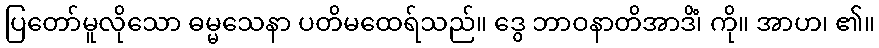
ပြတော်မူလိုသော ဓမ္မသေနာ ပတိမထေရ်သည်။ ဒွေ ဘာဝနာတိအာဒိံ၊ ကို။ အာဟ၊ ၏။